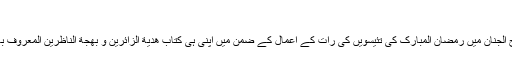
[5]
شیخ عباس قمی نے یہ دعا مفاتیح الجنان میں رمضان المبارک کی تئیسویں کی رات کے اعمال کے ضمن میں اپنی ہی کتاب هدیة الزّائرین و بهجة النّاظرین المعروف بہ (ہدیۃ الزائر) سے نقل کی ہے۔